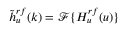
\tilde { h } _ { u } ^ { r f } ( k ) = \mathcal { F } \{ H _ { u } ^ { r f } ( u ) \}